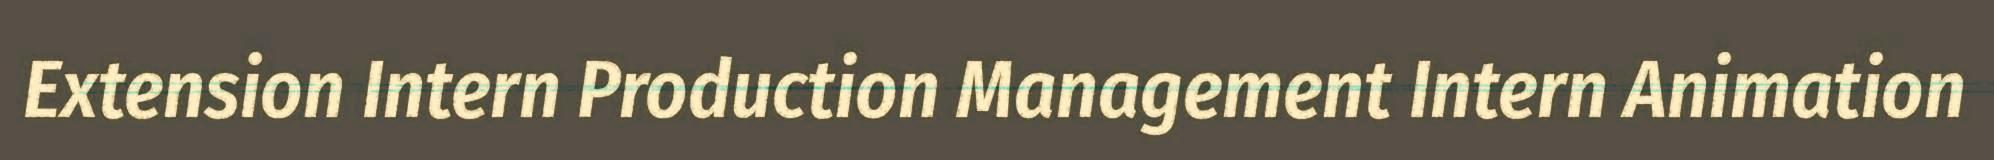
Extension Intern Production Management Intern Animation